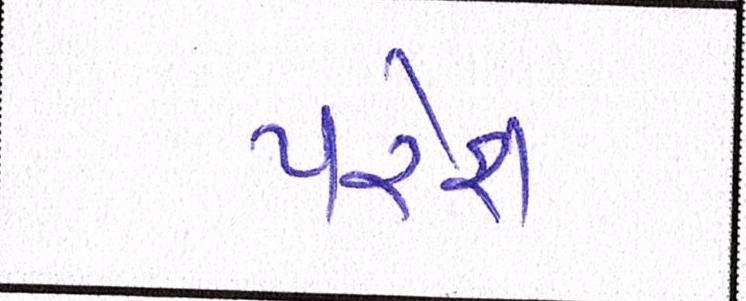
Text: પરેશ